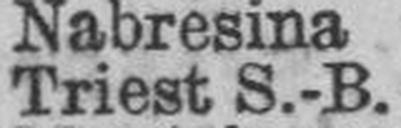
Triest S.-B.